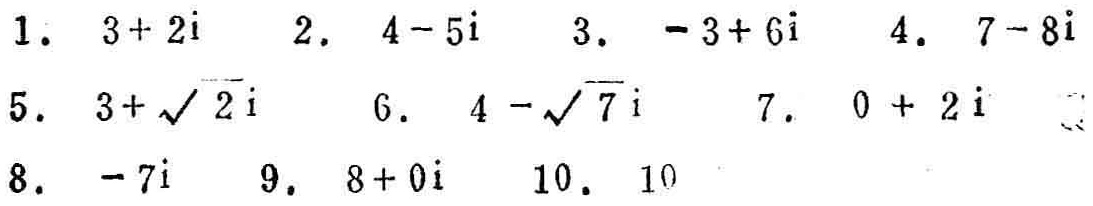
1. \(3 + 2i\)  2. \(4 - 5i\)  3. \(-3 + 6i\)  4. \(7 - 8i\)
5. \(3+\sqrt{2}i\)  6. \(4-\sqrt{7}i\)  7. \(0 + 2i\)
8. \(-7i\)  9. \(8 + 0i\)  10. \(10\)